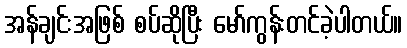
အန်ချင်းအဖြစ် စပ်ဆိုပြီး မော်ကွန်းတင်ခဲ့ပါတယ်။